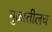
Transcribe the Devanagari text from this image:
मुळातीलच